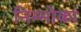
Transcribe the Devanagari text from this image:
निम्मोका